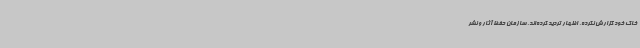
خاک خود گزارش نکرده، اظهار تردید کرده‌اند. سازمان حفظ آثار و نشر